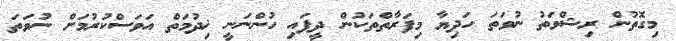
މިގޮތުން ރިޝްވަތު ނުވަތަ ހަދިޔާ މިފަރާތްތަކުން ދީފައި ހުންނަނީ ޚިދުމަތް އަވަސްކުރުމަށް ނުވަތަ